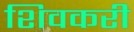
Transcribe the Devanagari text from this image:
शिवकरी